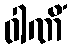
ဝါဏိံ